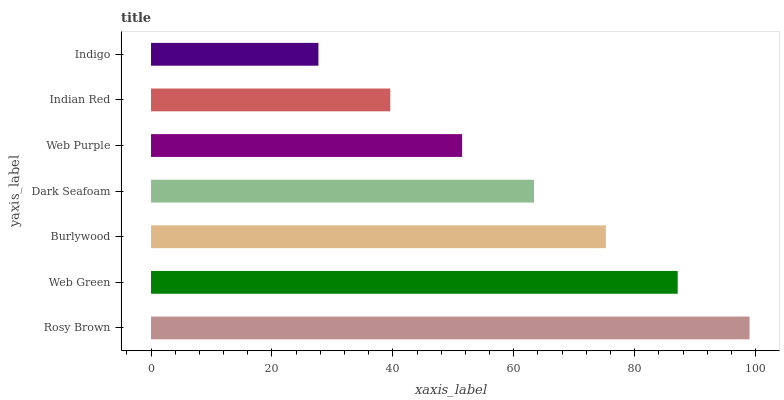
| yaxis_label | bars |
 | --- | --- |
 | Rosy Brown | 99 |
 | Web Green | 87.1 |
 | Burlywood | 75.2 |
 | Dark Seafoam | 63.3 |
 | Web Purple | 51.5 |
 | Indian Red | 39.6 |
 | Indigo | 27.7 |